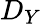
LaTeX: D_{Y}